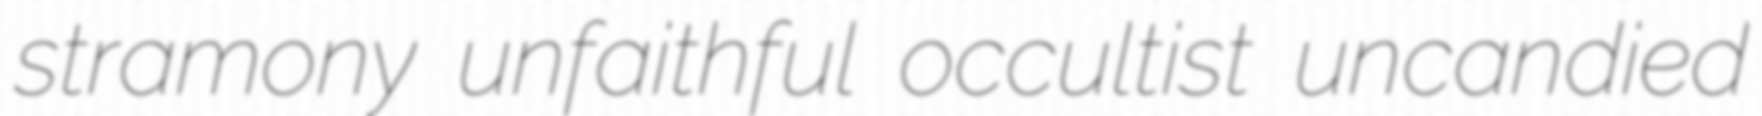
stramony unfaithful occultist uncandied